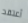
أعتقد